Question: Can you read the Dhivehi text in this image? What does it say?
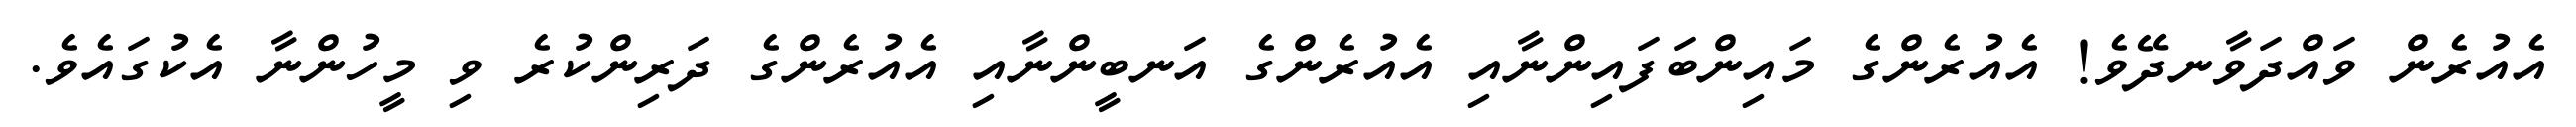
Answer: އެއުރެން ވައްދަވާނދޭވެ! އެއުރެންގެ މައިންބަފައިންނާއި އެއުރެންގެ އަނބީންނާއި އެއުރެންގެ ދަރިންކުރެ ވި މީހުންނާ އެކުގައެވެ.